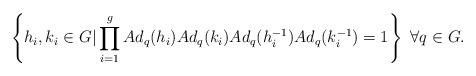
LaTeX: \begin{align*}\left\{ h_{i},k_{i}\in G\vert \prod_{i=1}^{g} Ad_{q}( h_{i})Ad_{q}(k_{i})Ad_{q}(h_{i}^{-1})Ad_{q}(k_{i}^{-1}) = 1 \right\}\,\,\forall q\in G.\end{align*}